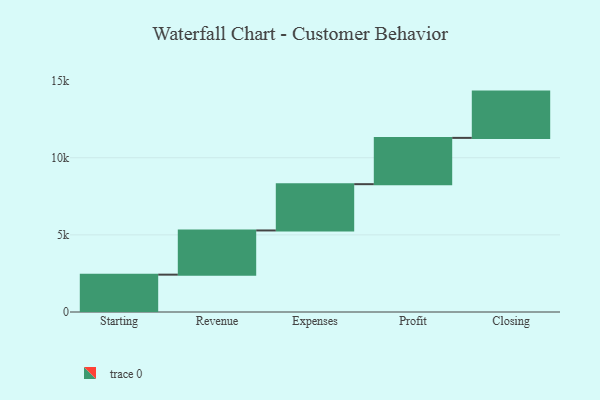
{"axis": {"x": "Step", "y": "Value"}, "legend": [""], "data": [{"x": "Starting", "y": 2421.0, "type": ""}, {"x": "Revenue", "y": 2865.0, "type": ""}, {"x": "Expenses", "y": 3000, "type": ""}, {"x": "Profit", "y": 3000, "type": ""}, {"x": "Closing", "y": 3000, "type": ""}]}